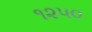
૧૨૫૦